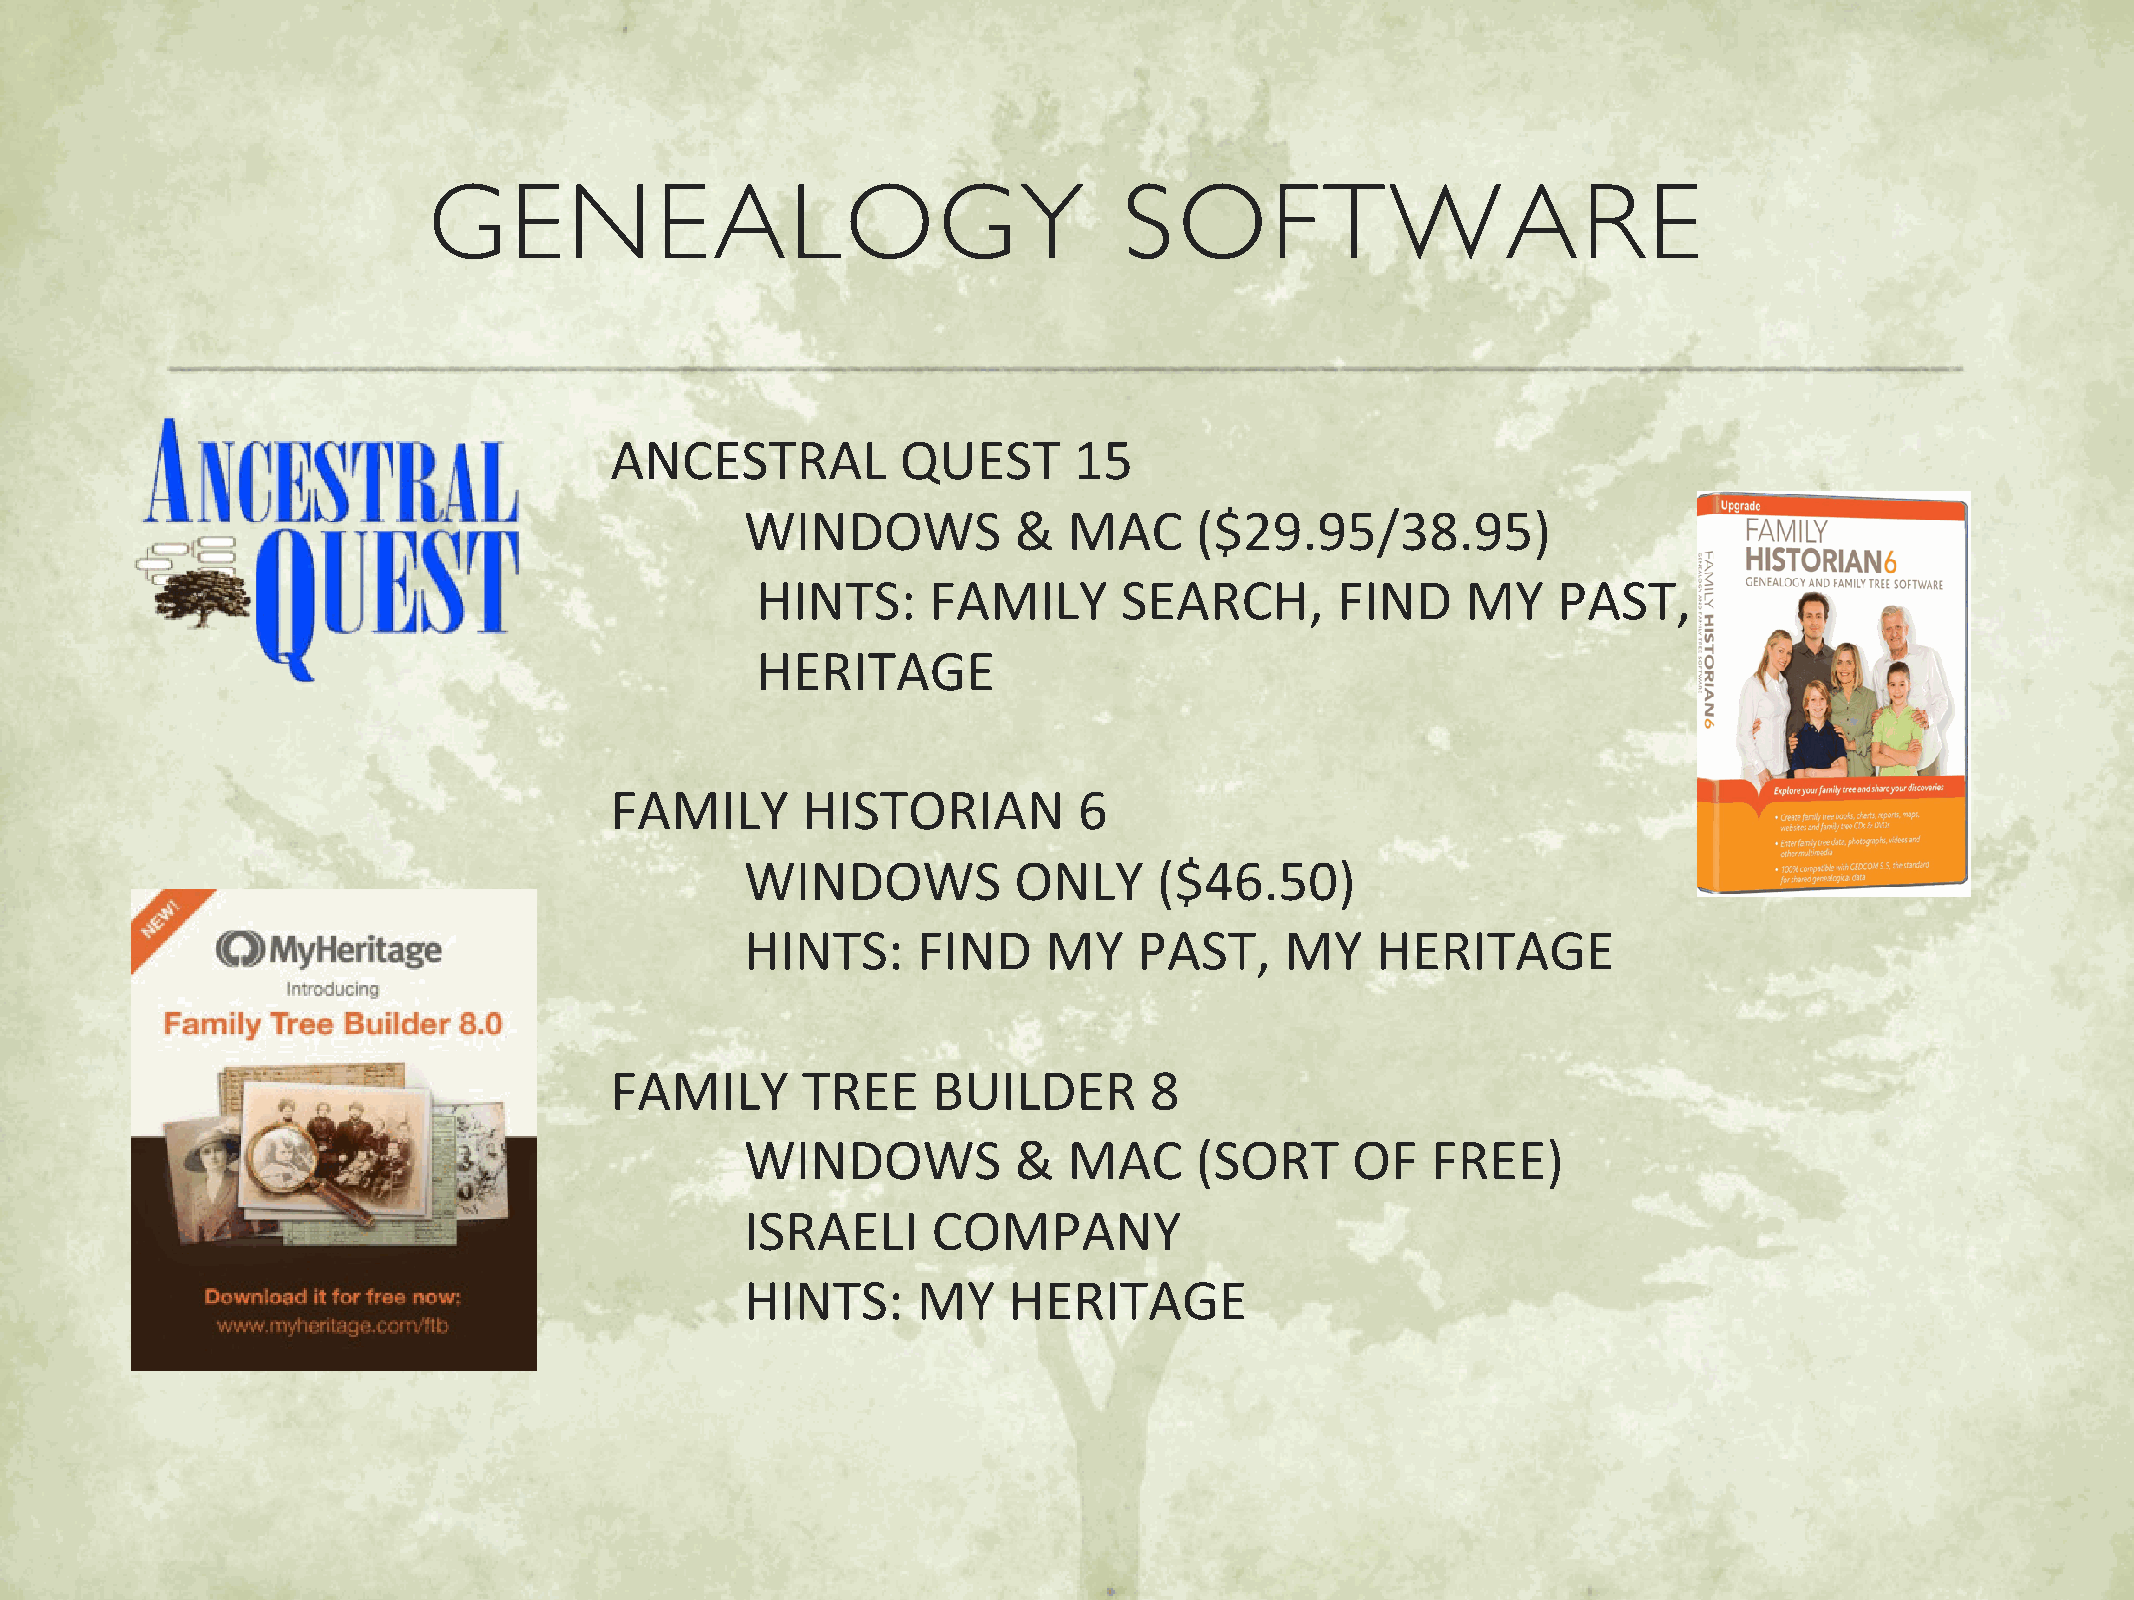
GENEALOGY                                     SOFTWARE
 ANCESTRAL           QUEST      15
 WINDOWS           &   MAC     ($29.95/38.95)
 HINTS:      FAMILY      SEARCH,       FIND     MY    PAST,     MY
 HERITAGE
 FAMILY       HISTORIAN         6
 WINDOWS           ONLY      ($46.50)
 HINTS:      FIND    MY    PAST,     MY    HERITAGE
 FAMILY       TREE     BUILDER       8
 WINDOWS           &   MAC     (SORT     OF    FREE)
 ISRAELI      COMPANY
 HINTS:      MY    HERITAGE